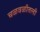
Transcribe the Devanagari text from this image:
चळवळीतली